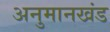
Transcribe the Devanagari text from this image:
अनुमानखंड